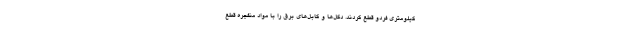
کیلومتری فردو قطع کردند. دکل‌ها و کابل‌های برق را با مواد منفجره قطع